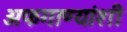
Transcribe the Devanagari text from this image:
अफगाण्यांशी